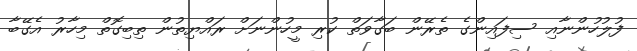
ފުލުހުންނާއި ސިފައިންގެ ތެރޭން ބަގާވަތް ކުރި މީހުންނަށް ރައްޔިތުން ތިބިގޮތް މިހާރު އެގޭބާ